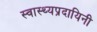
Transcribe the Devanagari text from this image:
स्वास्थ्यप्रदायिनी